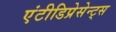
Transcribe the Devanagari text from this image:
एंटीडिप्रेसेन्ट्स